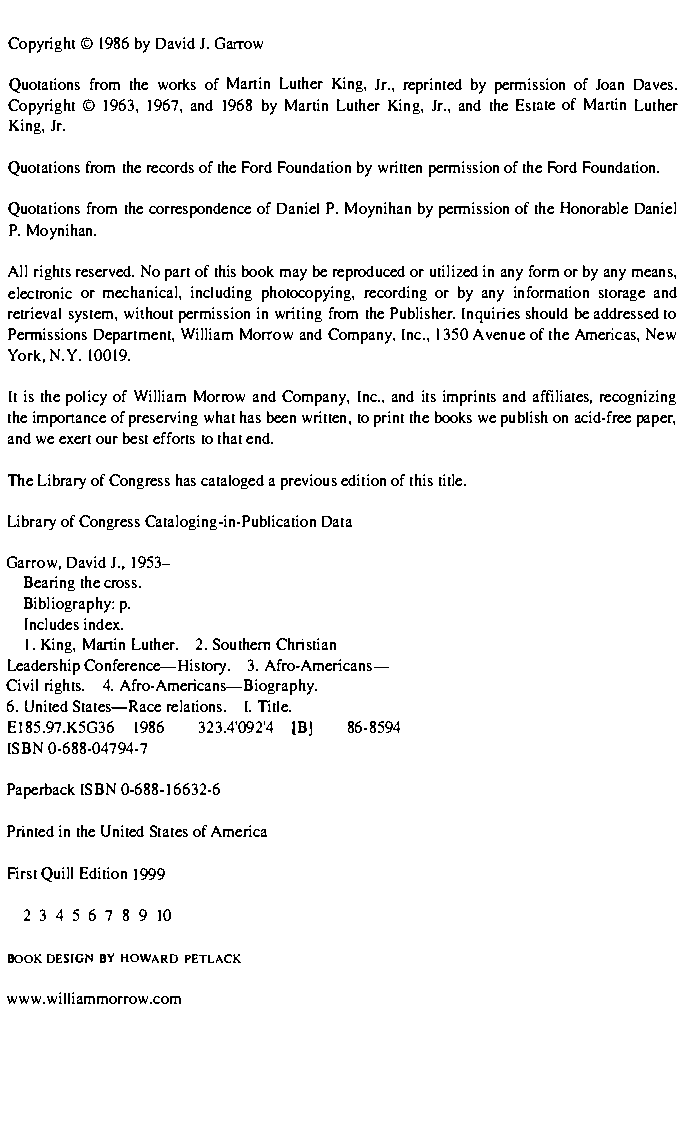
Copyri©g h1t986b yD aviJd.G arrow
 Quotatifornosm t hew orkso fM artiLnu theKri ngJ,r .r,e prinbtye pde rmissoifoJ no anD aves.
 Copyri©g h1t9 631,9 67a,n d1 968b yM artiLnu theKri ngJ,r .a,n dt heE sttaeo fM artiLnu ther
 KingJ,r .
 Quotatifornosmt her ecorodfts h eF orFdo undatbiyow nr ittpeenr missoifto hneF orFdo undation.
 Quotatifornosmt hec orrespondoefDn acnei ePl.M oynihabnyp ermissoifot nh eH onorabDlaen iel
 P.M oynihan.
 Allr ighrtess ervNeodp .a rotf t hibso okm ayb er eproduocreu dt iliiznae ndy f ormor b ya nym eans,
 electroonrmi ecc hanicianlc,l udpihnogt ocopyriencgo,r doirnb gy anyi nformatsitoonr aagned
 retriseyvsatle wmi,t hopuetr missiinwo rni tifnrgo mt heP ublisIhenrq.u irisehso ulbdea ddrestsoe d
 PermissioDnesp artmeWnitl,l iMaomrr owa ndC ompanyI,n c., 1350 oAftv heeAn mueer icaNse,w
 York, N1.0Y0.1 9.
 Iti st hep oliocfyW illiaMmo rroawn dC ompanyI,n ca.n,d i tism prinatnsda ffiliraetceosg,n izing
 thei mportanocfep reservwihnagth asb eewnr ittteonp ,r itnhte b ookwse p ubliosnha cid-fpraepee r,
 andw ee xerotu rb esetf fotrotts h aetn d.
 TheL ibraoryfC ongrehsassc ataloagp erde vioeudsi tiooftn h itsi tle.
 LibraoryfC ongreCsast aloging-in-PDuabtlai cation
 GarroDwa,v iJd. 1,9 53-
 Bearitnhgce r oss.
 Bibliography: p.
 Incluidnedse x.
 I.Ki ngM,art in Luther2..S outheCrnh ristian
 LeadersChoinpf erence-His3t.Ao fryr.o -Americans­
 Civirli ght4s..A fro-Americans-Biography.
 6.U niteSdt ates-Rraeclea tioIn.Ts i.t le.
 EI85.97.K5GI39 68 6 323.4'09(2B']4 86-8594
 ISBN0 -688-04794-7
 PaperbaIcSkB N0 -688-16632-6
 Printientd h eU niteSdt atoefsA merica
 FirQsuti lEld iti1o9n9 9
 2 3 4 5 6 170 8 9
 BOOKD ESIGNB Y HOWARD PETLACK
 www.w illiammo.rcroomw